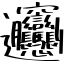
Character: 𰻞